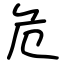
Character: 危